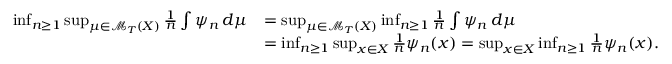
\begin{array} { r l } { \operatorname* { i n f } _ { n \geq 1 } \operatorname* { s u p } _ { \mu \in \mathcal { M } _ { T } ( X ) } \frac { 1 } { n } \int \psi _ { n } \, d \mu } & { = \operatorname* { s u p } _ { \mu \in \mathcal { M } _ { T } ( X ) } \operatorname* { i n f } _ { n \geq 1 } \frac { 1 } { n } \int \psi _ { n } \, d \mu } \\ & { = \operatorname* { i n f } _ { n \geq 1 } \operatorname* { s u p } _ { x \in X } \frac { 1 } { n } \psi _ { n } ( x ) = \operatorname* { s u p } _ { x \in X } \operatorname* { i n f } _ { n \geq 1 } \frac { 1 } { n } \psi _ { n } ( x ) . } \end{array}